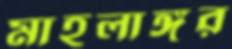
মাহলাঙ্গুর